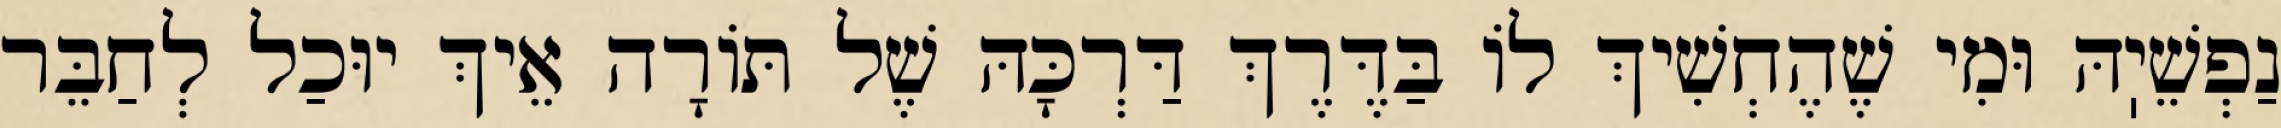
נַפְשֵׁיֽהּ וּמִי שֶׁהֶחְשִׁיךְ לוֹ בַּדֶּרֶךְ דַּרְכָּהּ שֶׁל תּוֹרָה אֵיךְ יוּכַל לְחַבֵּר